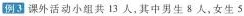
例3 课外活动小组共13人，其中男生8人、女生5